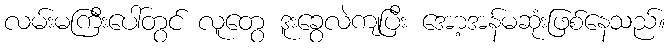
လမ်းမကြီးပေါ်တွင် လူတွေ ဒူးခွေလဲကျပြီး အော့အန်မဆုံးဖြစ်နေသည်။